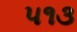
૫૧૩